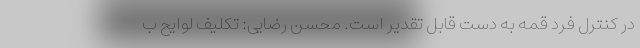
در کنترل فرد قمه به دست قابل تقدیر است. محسن رضایی: تکلیف لوایح ب